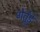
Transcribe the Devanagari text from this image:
गेर्त्रुड़े